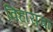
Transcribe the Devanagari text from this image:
विहारांचा